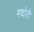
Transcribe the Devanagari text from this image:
गदोरी